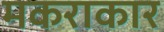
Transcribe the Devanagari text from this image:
मकराकार